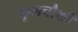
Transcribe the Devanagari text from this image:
फूलचौकी